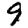
Digit: 9